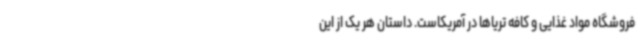
فروشگاه مواد غذایی و کافه تریاها در آمریکاست. داستان هر یک از این